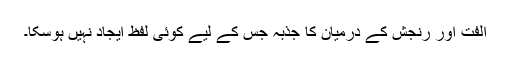
اُلفت اور رنجش کے درمیان کا جذبہ جس کے لیے کوئی لفظ ایجاد نہیں ہوسکا۔